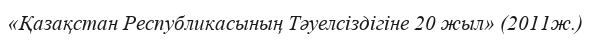
«Қазақстан Республикасының Тәуелсіздігіне 20 жыл» (2011ж.)